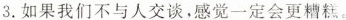
3.如果我们不与人交谈，感觉一定会更糟糕。